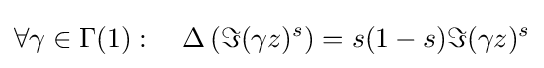
\forall \gamma \in \Gamma (1):\quad \Delta \left(\Im (\gamma z)^{s}\right)=s(1-s)\Im (\gamma z)^{s}